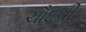
ચૌદવી